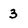
Character: 3